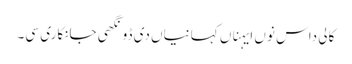
کالی داس نوں ایہناں کہانیاں دی ڈونگھی جانکاری سی۔